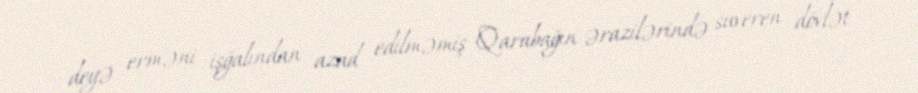
deyə erməni işğalından azad edilməmiş Qarabağın ərazilərində suveren dövlət